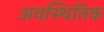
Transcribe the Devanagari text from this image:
अवस्थितिक